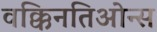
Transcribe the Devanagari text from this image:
वक्किनतिओन्स